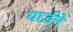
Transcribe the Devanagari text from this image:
यार्डने